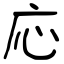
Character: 応